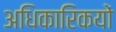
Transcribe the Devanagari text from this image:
अधिकारिकयों